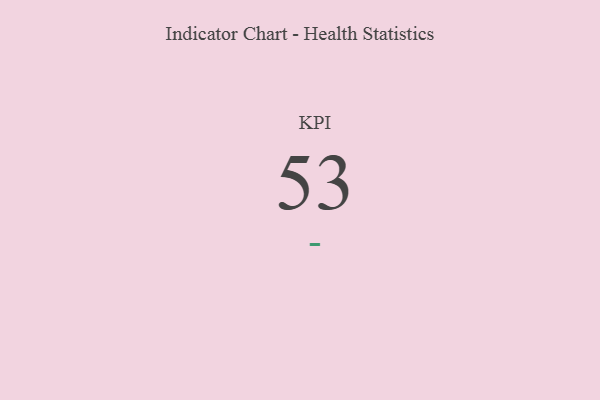
{"axis": {"x": "KPI", "y": "Value"}, "legend": [""], "data": [{"x": "KPI", "y": 53, "type": ""}]}